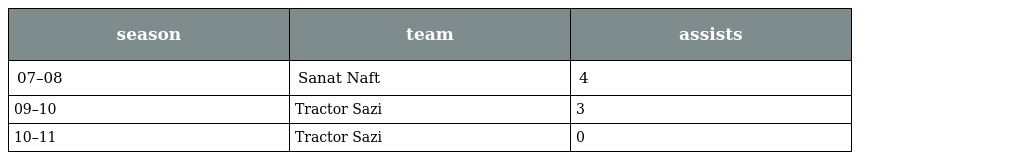
| season | team | assists |
 | --- | --- | --- |
 | 07–08 | Sanat Naft | 4 |
 | 09–10 | Tractor Sazi | 3 |
 | 10–11 | Tractor Sazi | 0 |